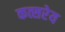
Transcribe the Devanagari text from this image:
कत्सरेय